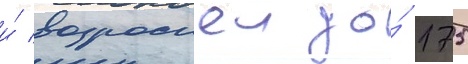
и́ возросшеи до́ 175